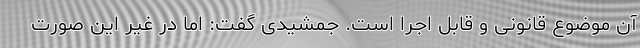
آن موضوع قانونی و قابل اجرا است. جمشیدی گفت: اما در غیر این‌ صورت